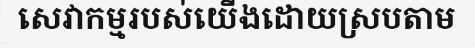
សេវាកម្មរបស់យើងដោយស្របតាម